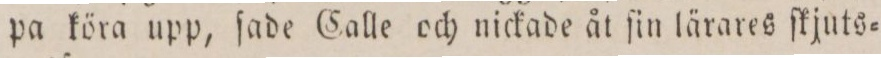
pa köra upp, ſade Calle och nickade åt ſin lärares ſkjuts=